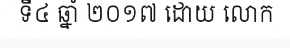
ទី៤ ឆ្នាំ ២០១៧ ដោយ លោក